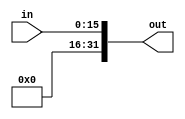
module SignExtend(in, out);
    input [15 : 0] in;
    output [31 : 0] out;
    assign out = in;
endmodule